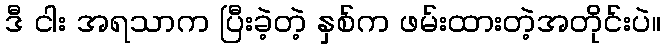
ဒီ ငါး အရသာက ပြီးခဲ့တဲ့ နှစ်က ဖမ်းထားတဲ့အတိုင်းပဲ။